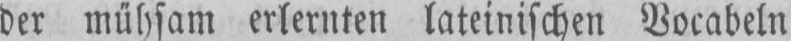
der mühsam erlernten lateinischen Vocabeln